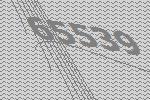
65539